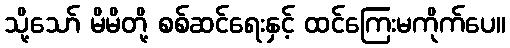
သို့သော် မိမိတို့ စစ်ဆင်ရေးနှင့် ထင်ကြေးမကိုက်ပေ။